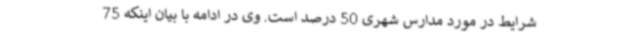
شرایط در مورد مدارس شهری 50 درصد است. وی در ادامه با بیان اینکه 75